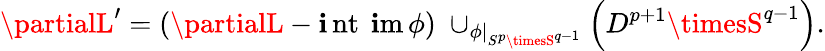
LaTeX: \partialL^{\prime}=(\partialL-\operatorname{\mathbf{i}nt~\mathbf{i}m}\phi)\; \cup_{\phi|_{S^{p}\timesS^{q-1}}}\left(D^{p+1}\timesS^{q-1}\right).